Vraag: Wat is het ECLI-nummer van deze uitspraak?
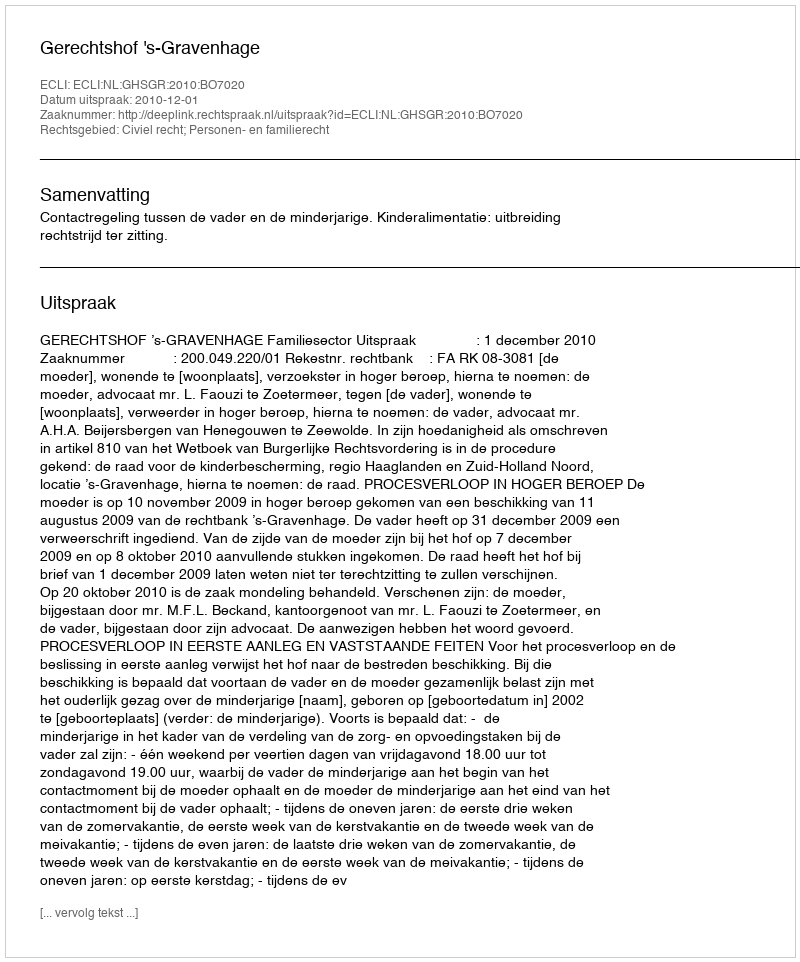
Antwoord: ECLI:NL:GHSGR:2010:BO7020